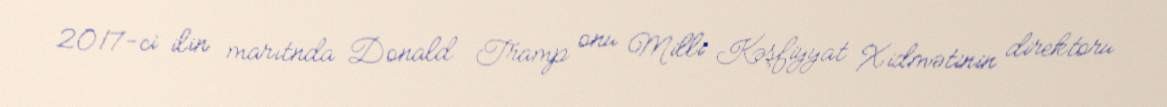
2017-ci ilin marıtnda Donald Tramp onu Milli Kəşfiyyat Xidmətinin direktoru